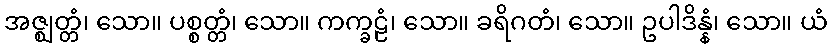
အဇ္ဈတ္တံ၊ သော။ ပစ္စတ္တံ၊ သော။ ကက္ခဠံ၊ သော။ ခရိဂတံ၊ သော။ ဥပါဒိန္နံ၊ သော။ ယံ